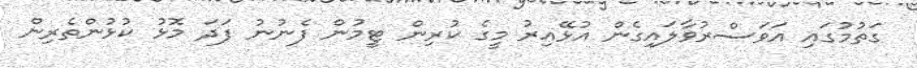
ގަތުމުގައި އަވަސްރުވާލައިގެން އުޅޭއިރު މީގެ ކުރިން ޓީމުން ފެނުނު ފަދަ މޮޅު ކުޅުންތެރިން